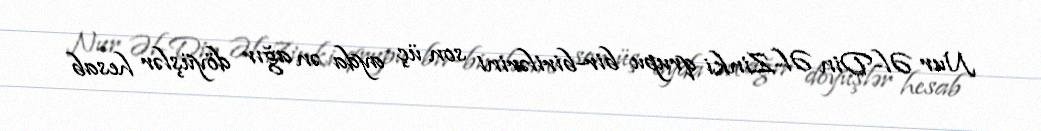
Nur Əl-Din Əl-Zinki qrupu bir-birilərini son üç ayda ən ağır döyüşlər hesab